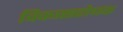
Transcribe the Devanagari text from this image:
विकासरोधक